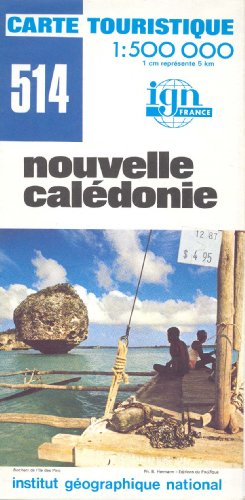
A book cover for Map 514 Carte Touristique Nouvelle Caledonie, New Caledonia; none; Travel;